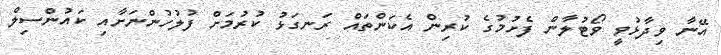
އޭނާ ވިދާޅުވީ ވޯޓުލާން ފެށުމުގެ ކުރިން އެކަންތައް ރަނގަޅު ކުރުމަށް ފުލުހުންނަށާއި ކައުންސިލް